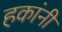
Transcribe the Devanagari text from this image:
हकांनी